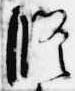
修